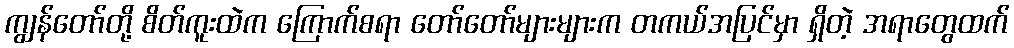
ကျွန်တော်တို့ စိတ်ကူးထဲက ကြောက်စရာ တော်တော်များများက တကယ်အပြင်မှာ ရှိတဲ့ အရာတွေထက်